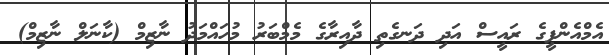
އެމްއެންޕީގެ ރައީސް އަދި ދަނގެތި ދާއިރާގެ މެމްބަރު މުހައްމަދު ނާޒިމް (ކާނަލް ނާޒިމް)